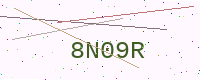
Text: 8N09R